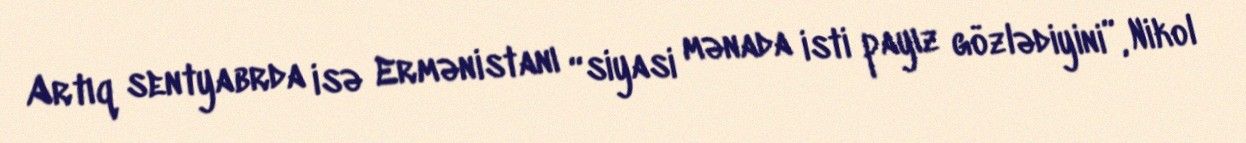
Artıq sentyabrda isə Ermənistanı “siyasi mənada isti payız gözlədiyini”, Nikol